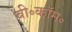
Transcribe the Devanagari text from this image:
बी॰कॉम॰